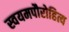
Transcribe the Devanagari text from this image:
स्वयमपौरोहित्य